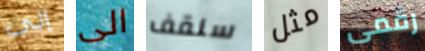
إلى الى سنقف مثل رقمى